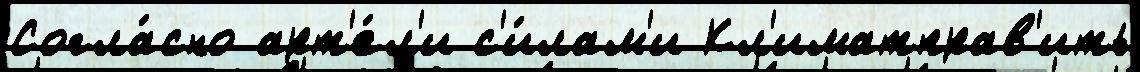
Согла́сно арт'е́л'и с'и́лам'и Кл'иматправ'ить